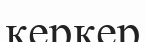
керкер